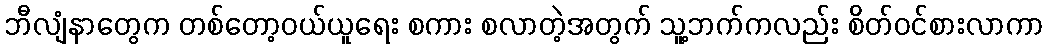
ဘီလျံနာတွေက တစ်တော့ဝယ်ယူရေး စကား စလာတဲ့အတွက် သူ့ဘက်ကလည်း စိတ်ဝင်စားလာကာ